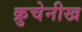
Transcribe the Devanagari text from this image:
क्रुचेनीख